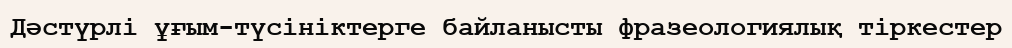
Дәстүрлі ұғым-түсініктерге байланысты фразеологиялық тіркестер